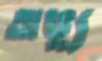
অভ্যু